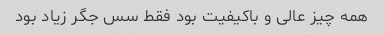
همه چیز عالی و باکیفیت بود فقط سس جگر زیاد بود